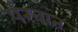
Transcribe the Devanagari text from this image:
पंखांत